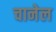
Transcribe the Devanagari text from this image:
चानेल